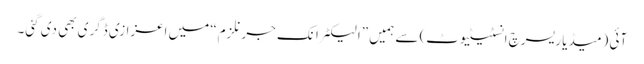
آئی (میڈیا ریسرچ انسٹیٹیوٹ) سے ہمیں ”الیکٹرانک جرنلزم“ میں اعزازی ڈگری بھی دی گئی۔